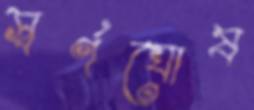
স্বর্ণঘোষ